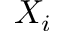
X _ { i }